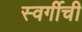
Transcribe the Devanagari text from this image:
स्वर्गीची